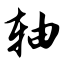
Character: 轴